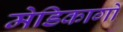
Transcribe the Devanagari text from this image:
मेडिकागो